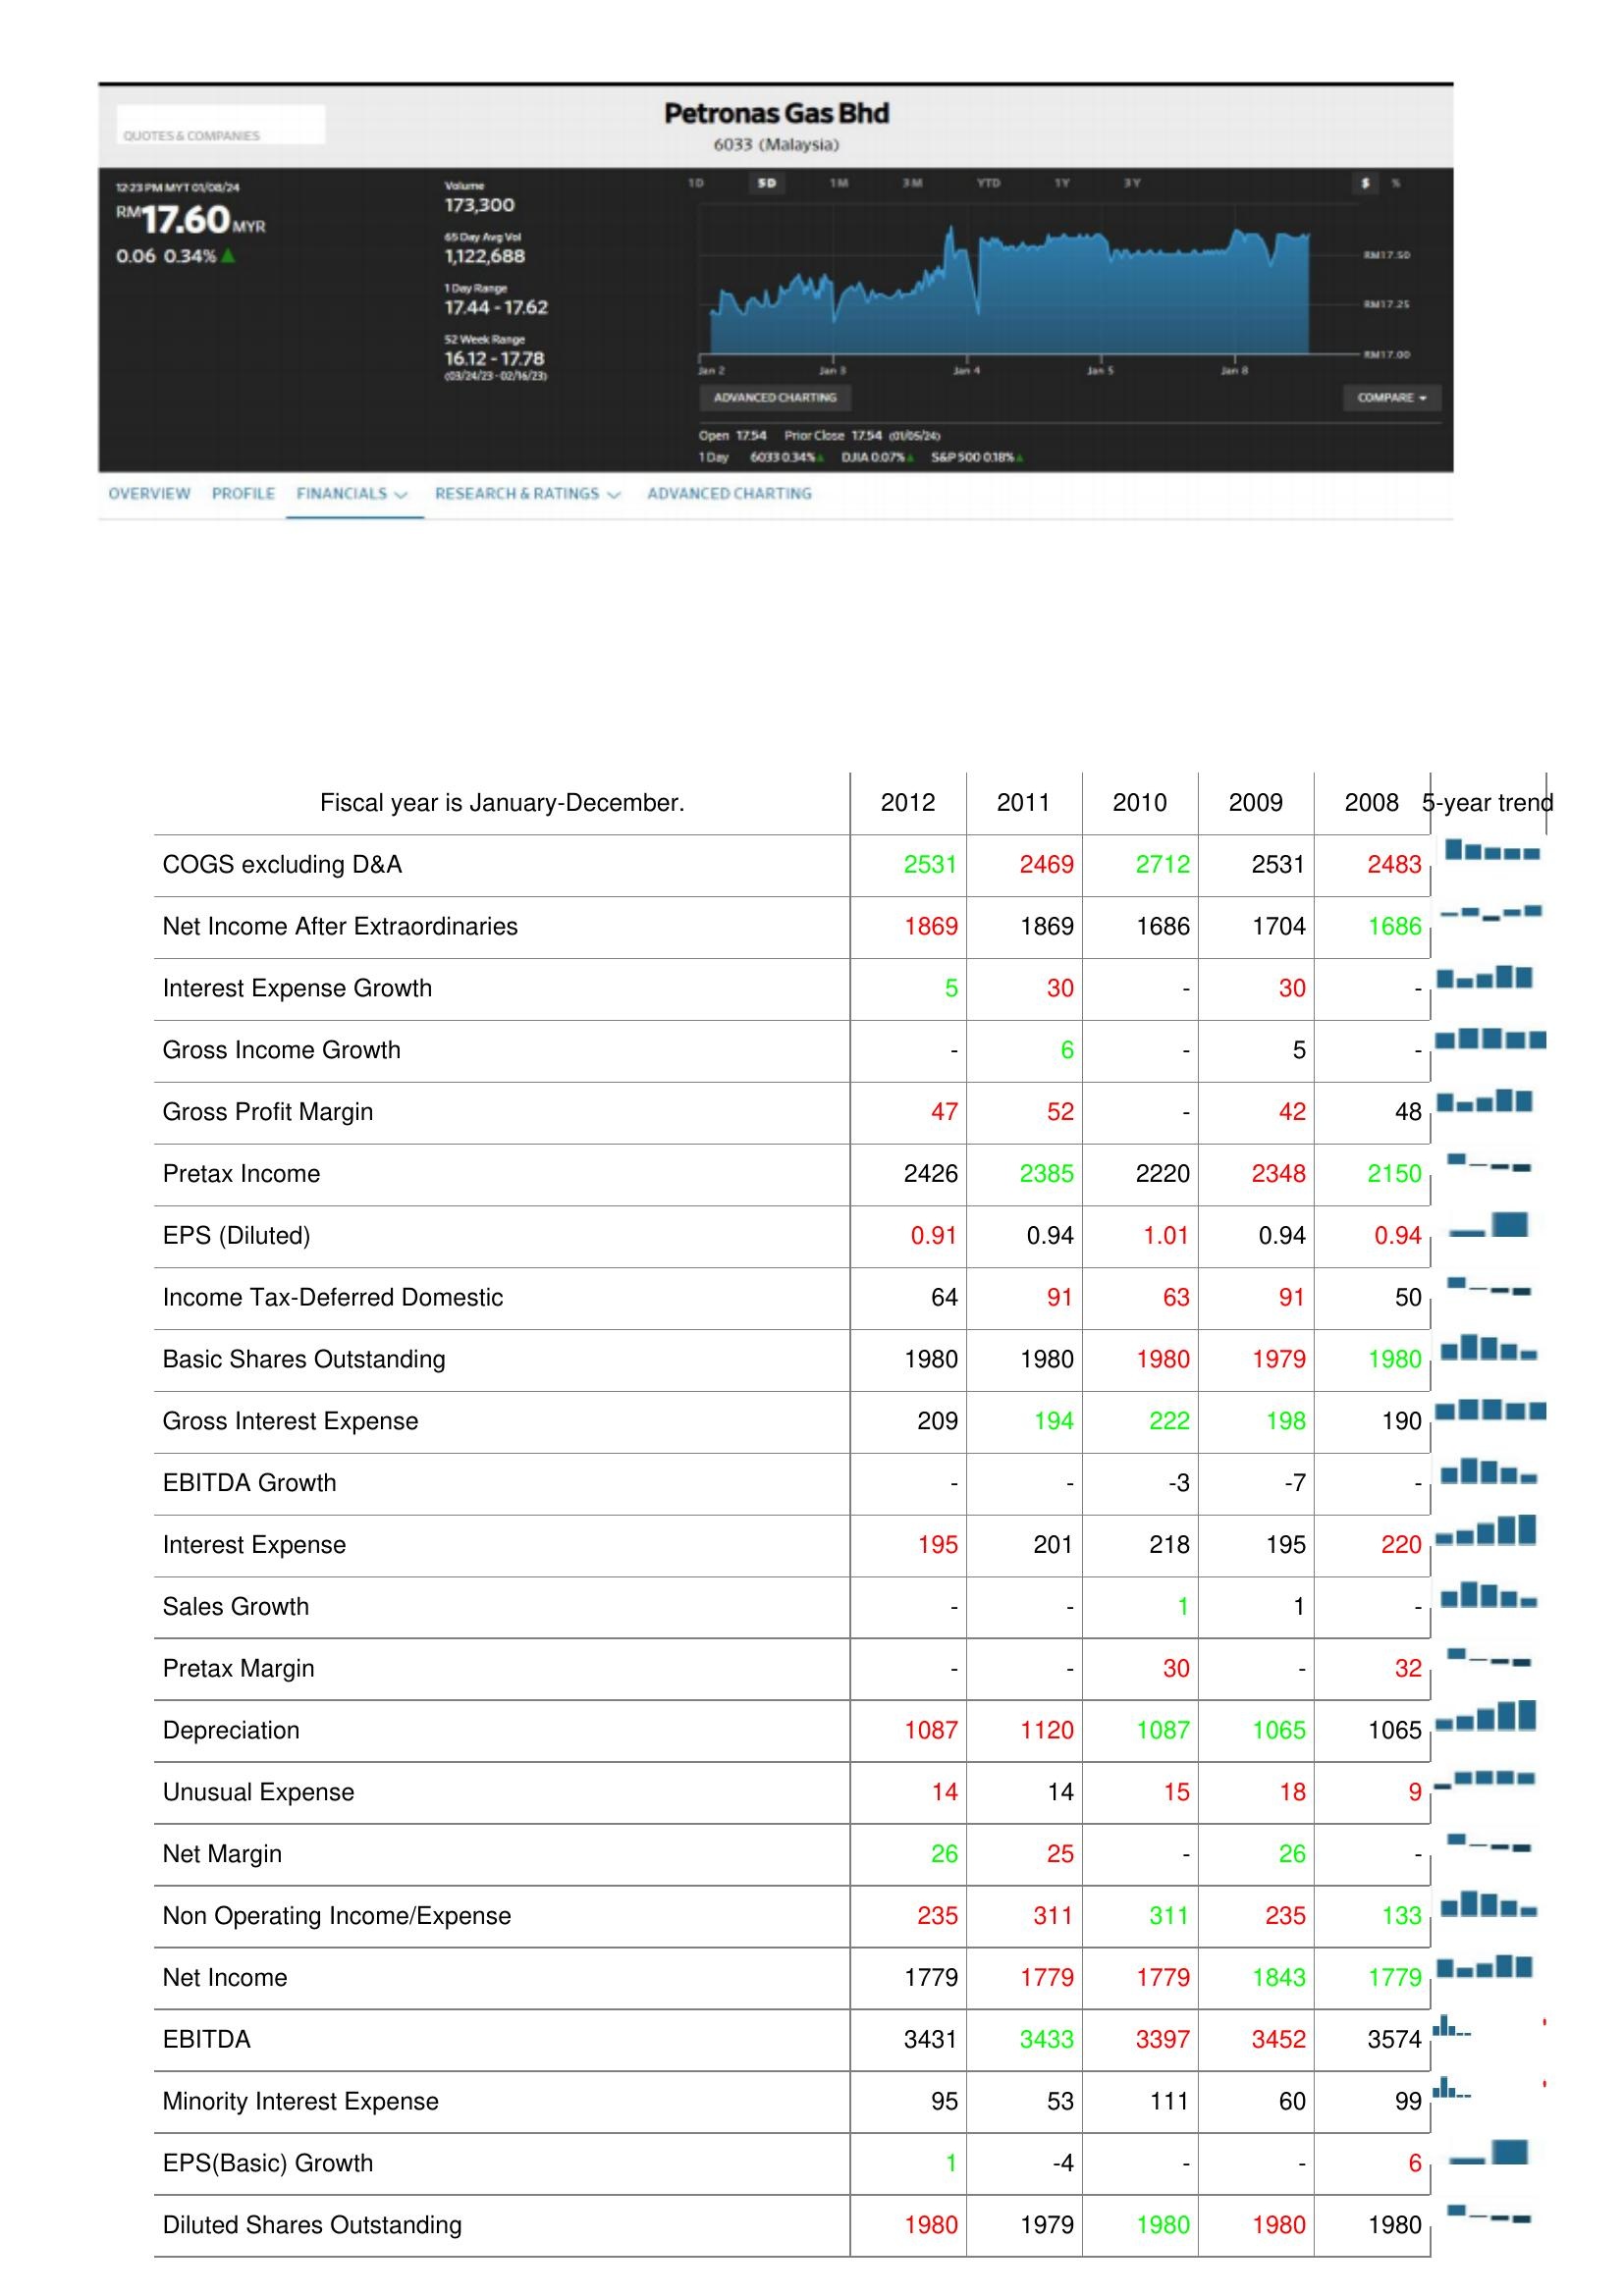
2012: : COGS excluding D&A: 2531
Net Income After Extraordinaries: 1869
Interest Expense Growth: 5
Gross Income Growth: -
Gross Profit Margin: 47
Pretax Income: 2426
EPS (Diluted): 0.91
Income Tax-Deferred Domestic: 64
Basic Shares Outstanding: 1980
Gross Interest Expense: 209
EBITDA Growth: -
Interest Expense: 195
Sales Growth: -
Pretax Margin: -
Depreciation: 1087
Unusual Expense: 14
Net Margin: 26
Non Operating Income/Expense: 235
Net Income: 1779
EBITDA: 3431
Minority Interest Expense: 95
EPS(Basic) Growth: 1
Diluted Shares Outstanding: 1980
2011: : COGS excluding D&A: 2469
Net Income After Extraordinaries: 1869
Interest Expense Growth: 30
Gross Income Growth: 6
Gross Profit Margin: 52
Pretax Income: 2385
EPS (Diluted): 0.94
Income Tax-Deferred Domestic: 91
Basic Shares Outstanding: 1980
Gross Interest Expense: 194
EBITDA Growth: -
Interest Expense: 201
Sales Growth: -
Pretax Margin: -
Depreciation: 1120
Unusual Expense: 14
Net Margin: 25
Non Operating Income/Expense: 311
Net Income: 1779
EBITDA: 3433
Minority Interest Expense: 53
EPS(Basic) Growth: -4
Diluted Shares Outstanding: 1979
2010: : COGS excluding D&A: 2712
Net Income After Extraordinaries: 1686
Interest Expense Growth: -
Gross Income Growth: -
Gross Profit Margin: -
Pretax Income: 2220
EPS (Diluted): 1.01
Income Tax-Deferred Domestic: 63
Basic Shares Outstanding: 1980
Gross Interest Expense: 222
EBITDA Growth: -3
Interest Expense: 218
Sales Growth: 1
Pretax Margin: 30
Depreciation: 1087
Unusual Expense: 15
Net Margin: -
Non Operating Income/Expense: 311
Net Income: 1779
EBITDA: 3397
Minority Interest Expense: 111
EPS(Basic) Growth: -
Diluted Shares Outstanding: 1980
2009: : COGS excluding D&A: 2531
Net Income After Extraordinaries: 1704
Interest Expense Growth: 30
Gross Income Growth: 5
Gross Profit Margin: 42
Pretax Income: 2348
EPS (Diluted): 0.94
Income Tax-Deferred Domestic: 91
Basic Shares Outstanding: 1979
Gross Interest Expense: 198
EBITDA Growth: -7
Interest Expense: 195
Sales Growth: 1
Pretax Margin: -
Depreciation: 1065
Unusual Expense: 18
Net Margin: 26
Non Operating Income/Expense: 235
Net Income: 1843
EBITDA: 3452
Minority Interest Expense: 60
EPS(Basic) Growth: -
Diluted Shares Outstanding: 1980
2008: : COGS excluding D&A: 2483
Net Income After Extraordinaries: 1686
Interest Expense Growth: -
Gross Income Growth: -
Gross Profit Margin: 48
Pretax Income: 2150
EPS (Diluted): 0.94
Income Tax-Deferred Domestic: 50
Basic Shares Outstanding: 1980
Gross Interest Expense: 190
EBITDA Growth: -
Interest Expense: 220
Sales Growth: -
Pretax Margin: 32
Depreciation: 1065
Unusual Expense: 9
Net Margin: -
Non Operating Income/Expense: 133
Net Income: 1779
EBITDA: 3574
Minority Interest Expense: 99
EPS(Basic) Growth: 6
Diluted Shares Outstanding: 1980